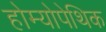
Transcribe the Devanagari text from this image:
होम्योपेथिक